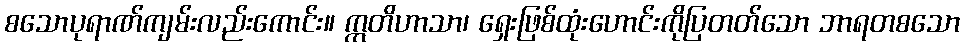
စသောပုရာဏ်ကျမ်းလည်းကောင်း။ ဣတိဟာသာ၊ ရှေးဖြစ်ထုံးဟောင်းကိုပြတတ်သော ဘာရတစသော